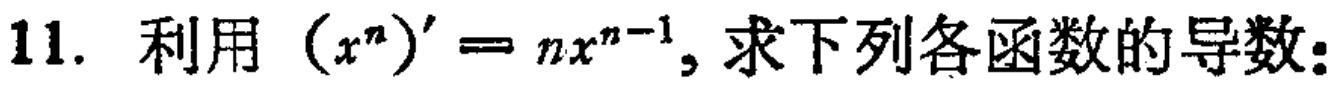
11. 利用 \((x^{n})' = nx^{n - 1}\), 求下列各函数的导数：